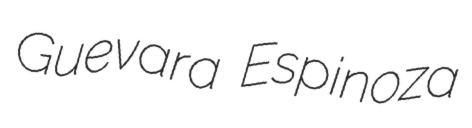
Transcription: Guevara Espinoza